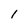
Character: 1